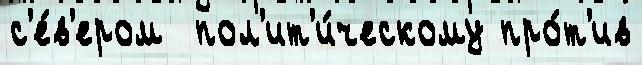
с'е́в'ером  пол'ит'и́ческому про́т'ив